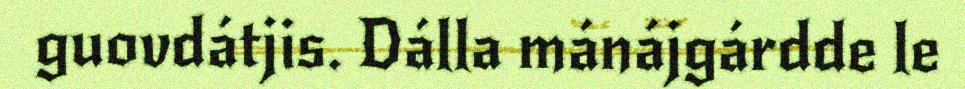
guovdátjis. Dálla mánájgárdde le